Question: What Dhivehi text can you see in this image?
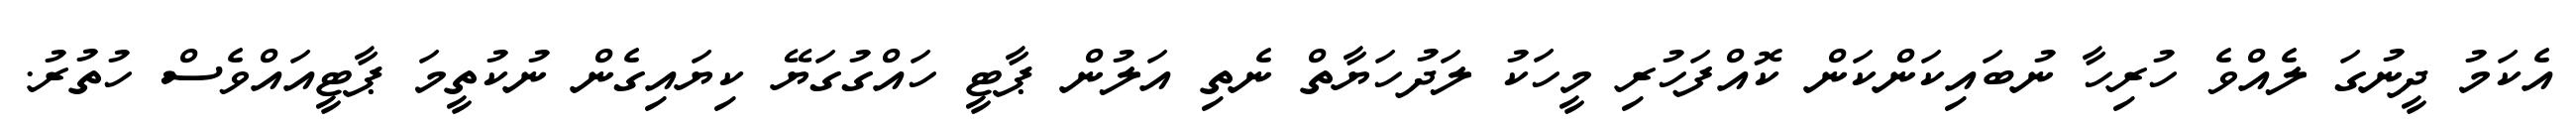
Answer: އެކަމު ދީނުގަ ލެއްވެ ހުރިހާ ނުބައިކަންކަން ކޮއްފަހުރި މީހަކު ލަދުހަޔާތް ނެތި އަލުން ޕާޓީ ހައްގުގަޔޭ ކިޔައިގެން ނުކުތީމަ ޕާޓީއައްވެސް ހުތުރު.